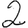
Digit: 2